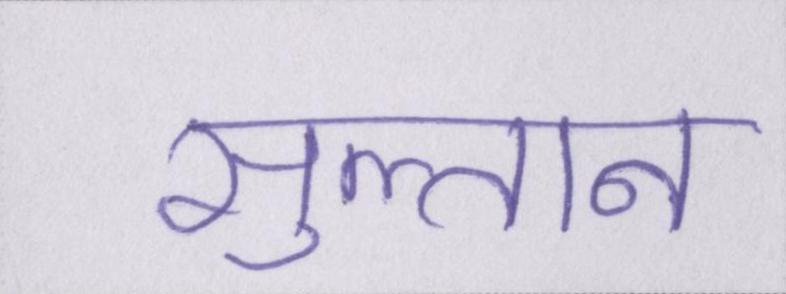
सुल्तान